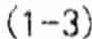
(1-3)